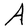
Character: A